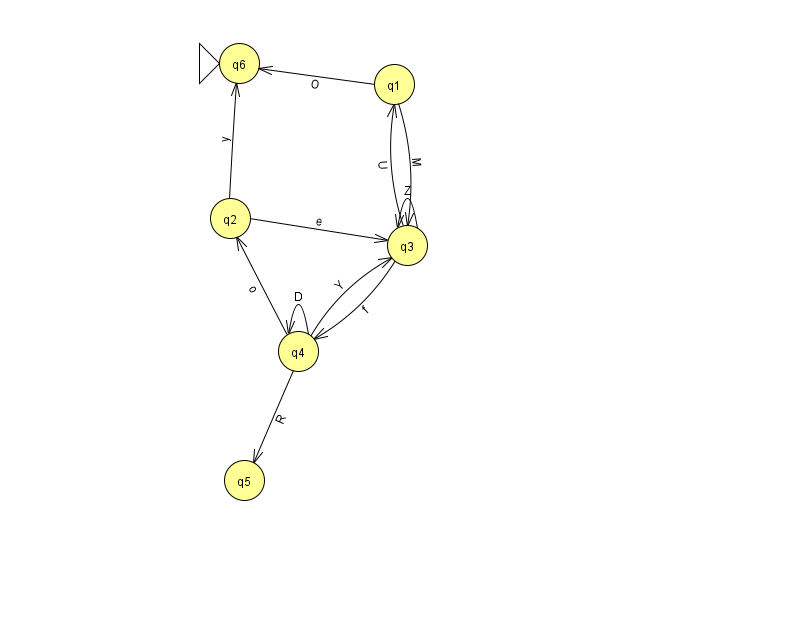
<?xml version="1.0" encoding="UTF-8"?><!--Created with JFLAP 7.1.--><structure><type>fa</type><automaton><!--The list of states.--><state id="1" name="q1"><x>394.0</x><y>71.0</y></state><state id="2" name="q2"><x>230.0</x><y>205.0</y></state><state id="3" name="q3"><x>407.0</x><y>232.0</y></state><state id="4" name="q4"><x>298.0</x><y>338.0</y></state><state id="5" name="q5"><x>244.0</x><y>467.0</y></state><state id="6" name="q6"><x>239.0</x><y>50.0</y><initial/></state><!--The list of transitions.--><transition><from>1</from><to>6</to><read>O</read></transition><transition><from>4</from><to>4</to><read>D</read></transition><transition><from>4</from><to>5</to><read>R</read></transition><transition><from>1</from><to>3</to><read>M</read></transition><transition><from>2</from><to>3</to><read>e</read></transition><transition><from>3</from><to>4</to><read>f</read></transition><transition><from>2</from><to>6</to><read>y</read></transition><transition><from>4</from><to>3</to><read>Y</read></transition><transition><from>3</from><to>3</to><read>Z</read></transition><transition><from>4</from><to>2</to><read>o</read></transition><transition><from>3</from><to>1</to><read>U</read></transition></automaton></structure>